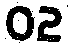
02